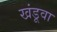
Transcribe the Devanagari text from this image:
खंडूवा